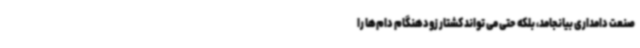
صنعت دامداری بیانجامد، بلکه حتی می تواند کشتار زودهنگام دام‌ها را